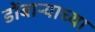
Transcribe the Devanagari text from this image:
डोंबार्‍याच्या